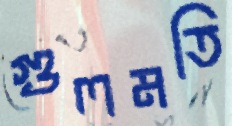
গুলমতি